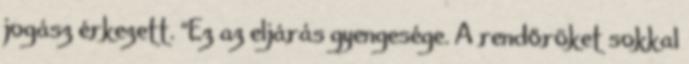
jogász érkezett. “Ez az eljárás gyengesége. A rendőröket sokkal